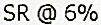
SR @ 6%